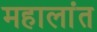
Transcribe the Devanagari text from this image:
महालांत